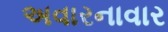
અવારનાવાર